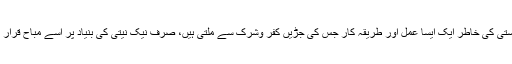
محض صحت وتندرستی کی خاطر ایک ایسا عمل اور طریقہ کار جس کی جڑیں کفر وشرک سے ملتی ہیں، صرف نیک نیتی کی بنیاد پر اسے مباح قرار نہیں دیا جاسکتا ہے۔